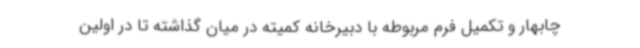
چابهار و تکمیل فرم مربوطه با دبیرخانه کمیته در میان گذاشته تا در اولین